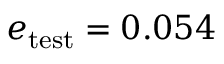
e _ { \mathrm { t e s t } } = 0 . 0 5 4